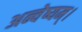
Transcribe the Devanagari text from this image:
अन्वेष्यम्।